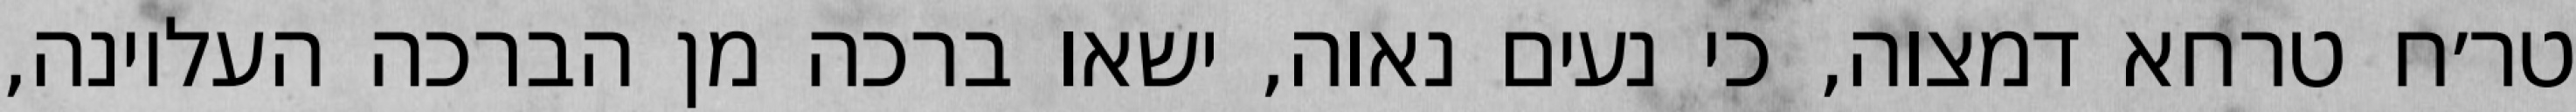
טר׳ח טרחא דמצוה, כי נעים נאוה, ישאו ברכה מן הברכה העליונה,